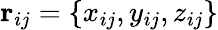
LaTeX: \mathbf{r}_{ij}=\{ x_{ij},y_{ij},z_{ij}\}